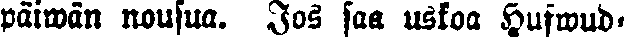
päiwän nousua. Jos saa uskoa Hufwud-